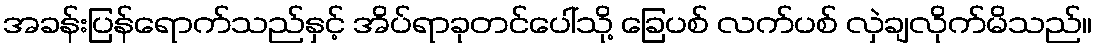
အခန်းပြန်ရောက်သည်နှင့် အိပ်ရာခုတင်ပေါ်သို့ ခြေပစ် လက်ပစ် လှဲချလိုက်မိသည်။